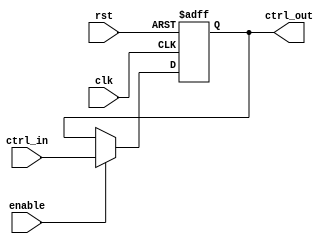
module control_register (
    input wire clk,                     // Clock signal
    input wire rst,                     // Asynchronous reset
    input wire enable,                  // Enable signal for updates
    input wire [N-1:0] ctrl_in,         // Control inputs (N bits)
    output reg [N-1:0] ctrl_out         // Control outputs (N bits)
);
    parameter N = 8; // Width of the control register, can be adjusted as needed

    // Reset behavior: on reset, set the control register to 0
    always @(posedge clk or posedge rst) begin
        if (rst) begin
            ctrl_out <= {N{1'b0}}; // Set all bits to 0 on reset
        end else if (enable) begin
            ctrl_out <= ctrl_in;   // Update the control register if enabled
        end
    end
endmodule